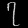
Digit: ၇